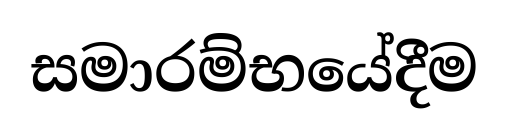
සමාරම්භයේදීම